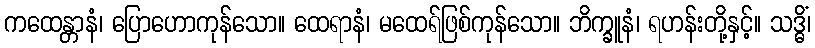
ကထေန္တာနံ၊ ပြောဟောကုန်သော။ ထေရာနံ၊ မထေရ်ဖြစ်ကုန်သော။ ဘိက္ခူနံ၊ ရဟန်းတို့နှင့်။ သဒ္ဓိံ၊